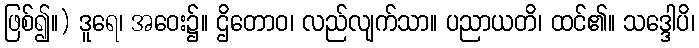
ဖြစ်၍။) ဒူရေ၊ အဝေး၌။ ဌိတောဝ၊ လည်လျက်သာ။ ပညာယတိ၊ ထင်၏။ သဒ္ဒေါပိ၊